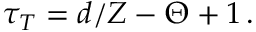
\tau _ { T } = d / Z - \Theta + 1 \, .